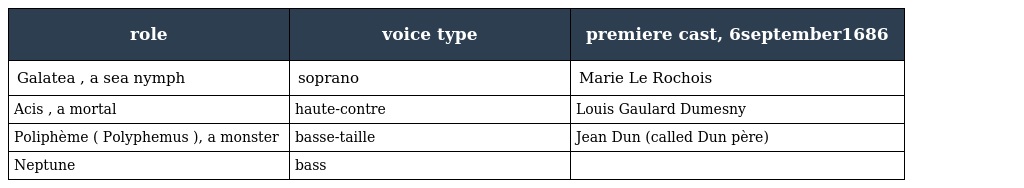
| role | voice type | premiere cast, 6september1686 |
 | --- | --- | --- |
 | Galatea , a sea nymph | soprano | Marie Le Rochois |
 | Acis , a mortal | haute-contre | Louis Gaulard Dumesny |
 | Poliphème ( Polyphemus ), a monster | basse-taille | Jean Dun (called Dun père) |
 | Neptune | bass |  |